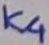
Text: K4